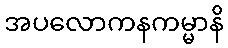
အပလောကနကမ္မာနိ